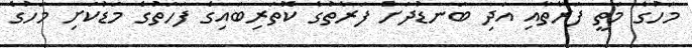
މަހުގެ މަތީ ފަރާތާއި އަދި ބަނޑުދަށް ފަރާތުގެ ކޮތަރިބައިގެ ފަހަތުގެ މަޑުކަށި މަހުގެ